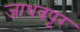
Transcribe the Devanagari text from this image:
जाधवपूर